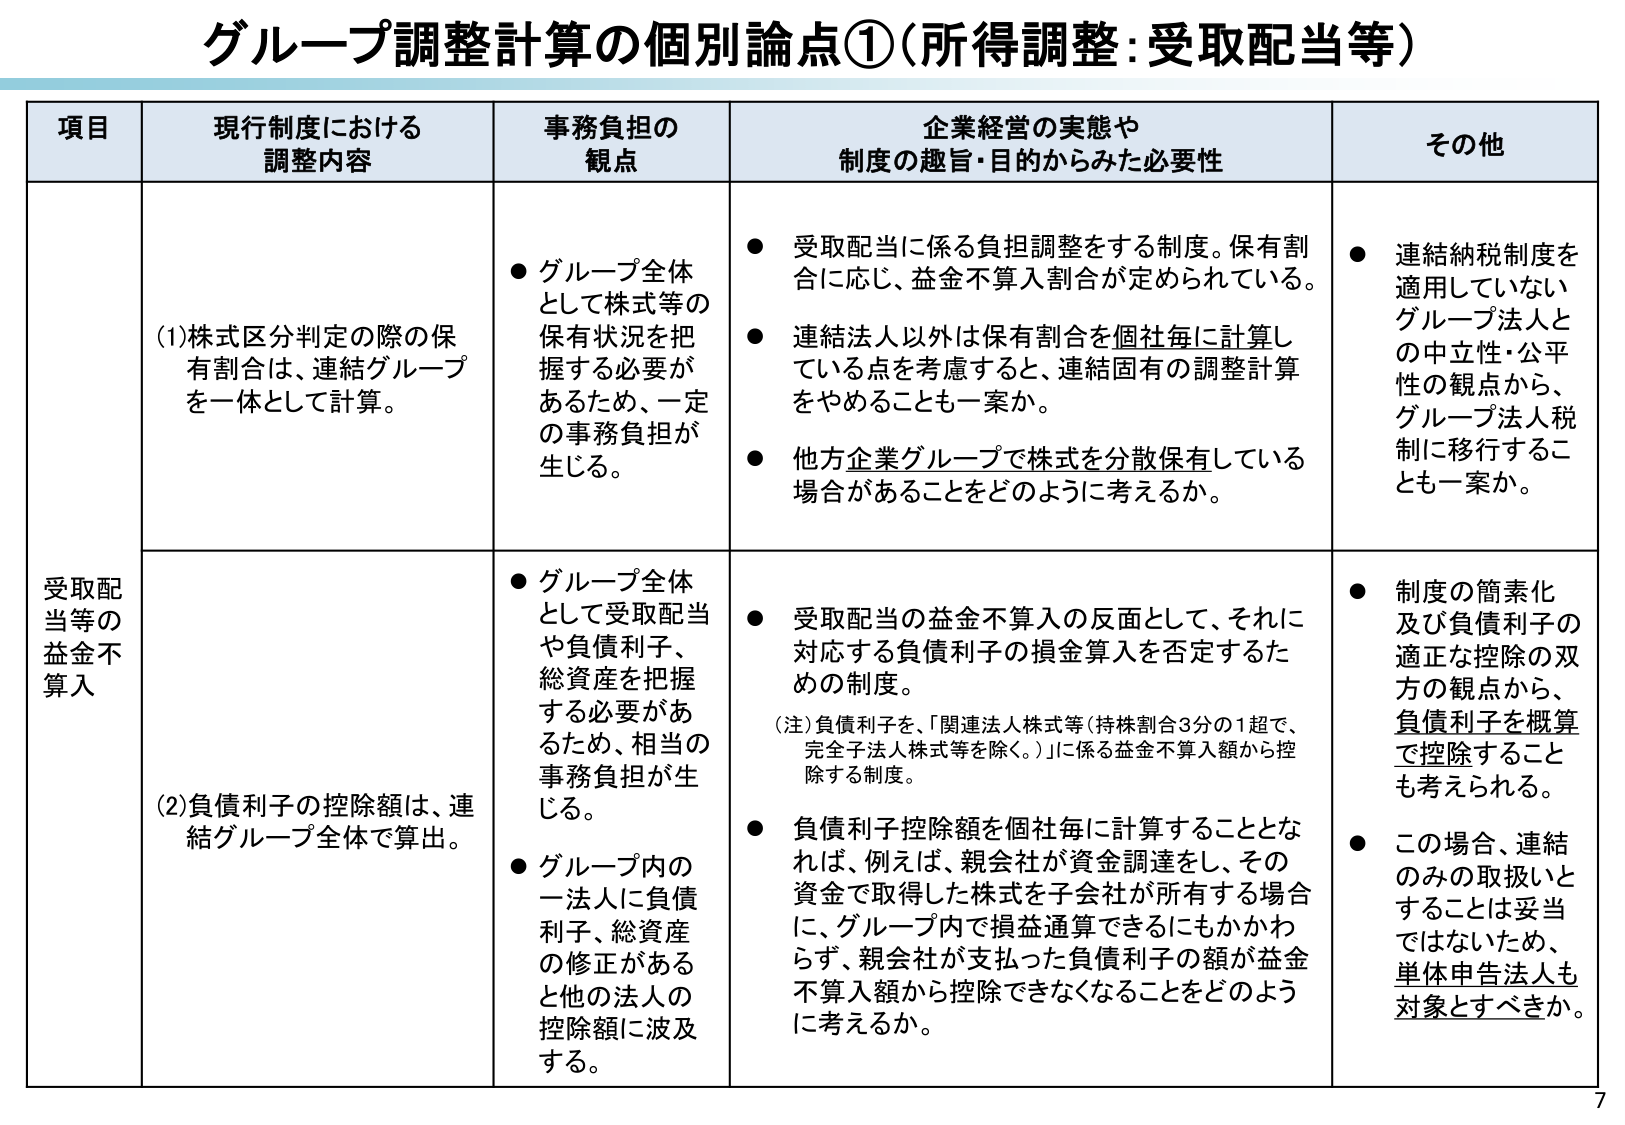
グループ調整計算の個別論点①（所得調整：受取配当等）

項目 現行制度における調整内容 事務負担の観点 企業経営の実態や制度の趣旨・目的からみた必要性 その他

受取配当等の益金不算入

(1)株式区分判定の際の保有割合は、連結グループを一体として計算。

● グループ全体として株式等の保有状況を把握する必要があるため、一定の事務負担が生じる。

● 受取配当に係る負担調整をする制度。保有割合に応じ、益金不算入割合が定められている。

● 連結法人以外は保有割合を個社毎に計算している点を考慮すると、連結固有の調整計算をやめることも一案か。

● 他方企業グループで株式を分散保有している場合があることをどのように考えるか。

● 連結納税制度を適用していないグループ法人との中立性・公平性の観点から、グループ法人税制に移行することも一案か。

(2)負債利子の控除額は、連結グループ全体で算出。

● グループ全体として受取配当や負債利子、総資産を把握する必要があるため、相当の事務負担が生じる。

● グループ内の一法人に負債利子、総資産の修正があると他の法人の控除額に波及する。

● 受取配当の益金不算入の反面として、それに対応する負債利子の損金算入を否定するための制度。

（注）負債利子を、「関連法人株式等（持株割合3分の1超で、完全子法人株式等を除く。）」に係る益金不算入額から控除する制度。

● 負債利子控除額を個社毎に計算することとなれば、例えば、親会社が資金調達をし、その資金で取得した株式を子会社が所有する場合に、グループ内で損益通算できるにもかかわらず、親会社が支払った負債利子の額が益金不算入額から控除できなくなることをどのように考えるか。

● 制度の簡素化及び負債利子の適正な控除の双方の観点から、負債利子を概算で控除することも考えられる。

● この場合、連結のみの取扱いとすることは妥当ではないため、単体申告法人も対象とすべきか。

7